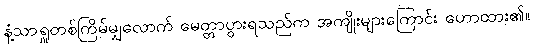
နံ့သာရှူတစ်ကြိမ်မျှလောက် မေတ္တာပွားရသည်က အကျိုးများကြောင်း ဟောထား၏။